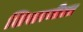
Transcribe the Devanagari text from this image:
शिखरजीला